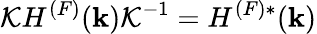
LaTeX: {\cal K}H^{(F)}({\mathbf k}){\cal K}^{-1}=H^{(F)*}({\mathbf k})